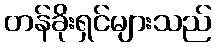
တန်ခိုးရှင်များသည်